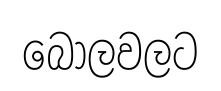
බෝලවලට